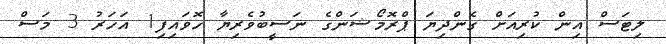
ލިޓަސް އިން ކުރިއަށް ގެންދިޔަ ޕްރޮމޯޝަންގެ ނަސީބުވެރިޔާ ހޮވައިފި1 އަހަރު 3 މަސް